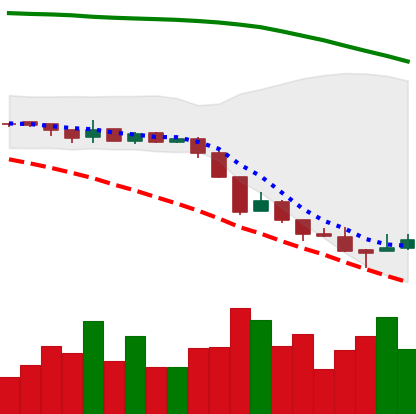
Ticker: XRP-USD
Chart end date: 2018-08-16
Forward return: 14.616%
Label: up_7plus